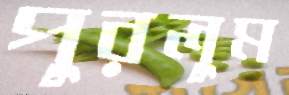
পুরলুম